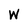
Character: W